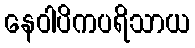
နေဝါပိကပရိသာယ